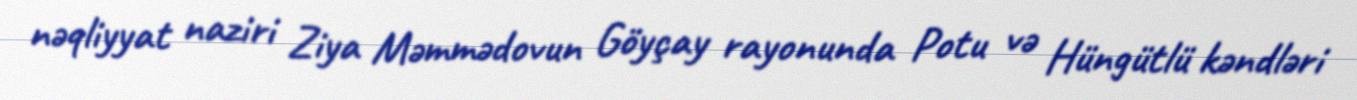
nəqliyyat naziri Ziya Məmmədovun Göyçay rayonunda Potu və Hüngütlü kəndləri